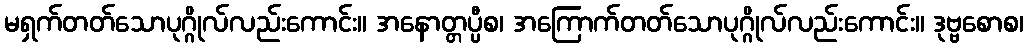
မရှက်တတ်သောပုဂ္ဂိုလ်လည်းကောင်း။ အနောတ္တပ္ပီစ၊ အကြောက်တတ်သောပုဂ္ဂိုလ်လည်းကောင်း။ ဒုဗ္ဗစောစ၊